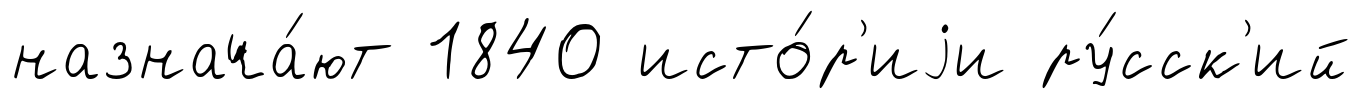
назнача́ют 1840 исто́р'иjи ру́сск'ий